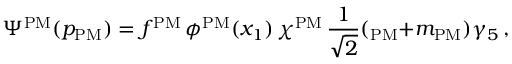
\Psi ^ { \mathrm { P M } } ( p _ { \mathrm { P M } } ) = f ^ { \mathrm { P M } } \, \phi ^ { \mathrm { P M } } ( x _ { 1 } ) \, \chi ^ { \mathrm { P M } } \, \frac { 1 } { \sqrt { 2 } } ( \not { p } _ { \mathrm { P M } } + m _ { \mathrm { P M } } ) \gamma _ { 5 } \, ,